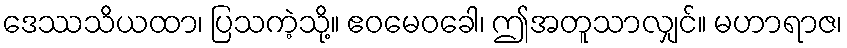
ဒေဿသိယထာ၊ ပြသကဲ့သို့။ ဧဝမေဝခေါ၊ ဤအတူသာလျှင်။ မဟာရာဇ၊